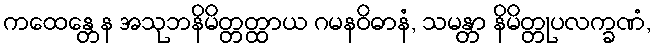
ကထေန္တေန အသုဘနိမိတ္တတ္ထာယ ဂမနဝိဓာနံ, သမန္တာ နိမိတ္တုပလက္ခဏံ,